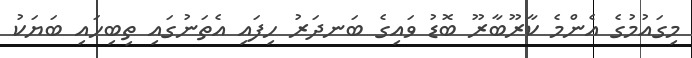
މިގައުމުގެ އެންމެ ކާރޫބާރޫ ބޮޑު ވައިގެ ބަނދަރު ހިފައި އެތަނުގައި ތިބިހައި ބަޔަކު